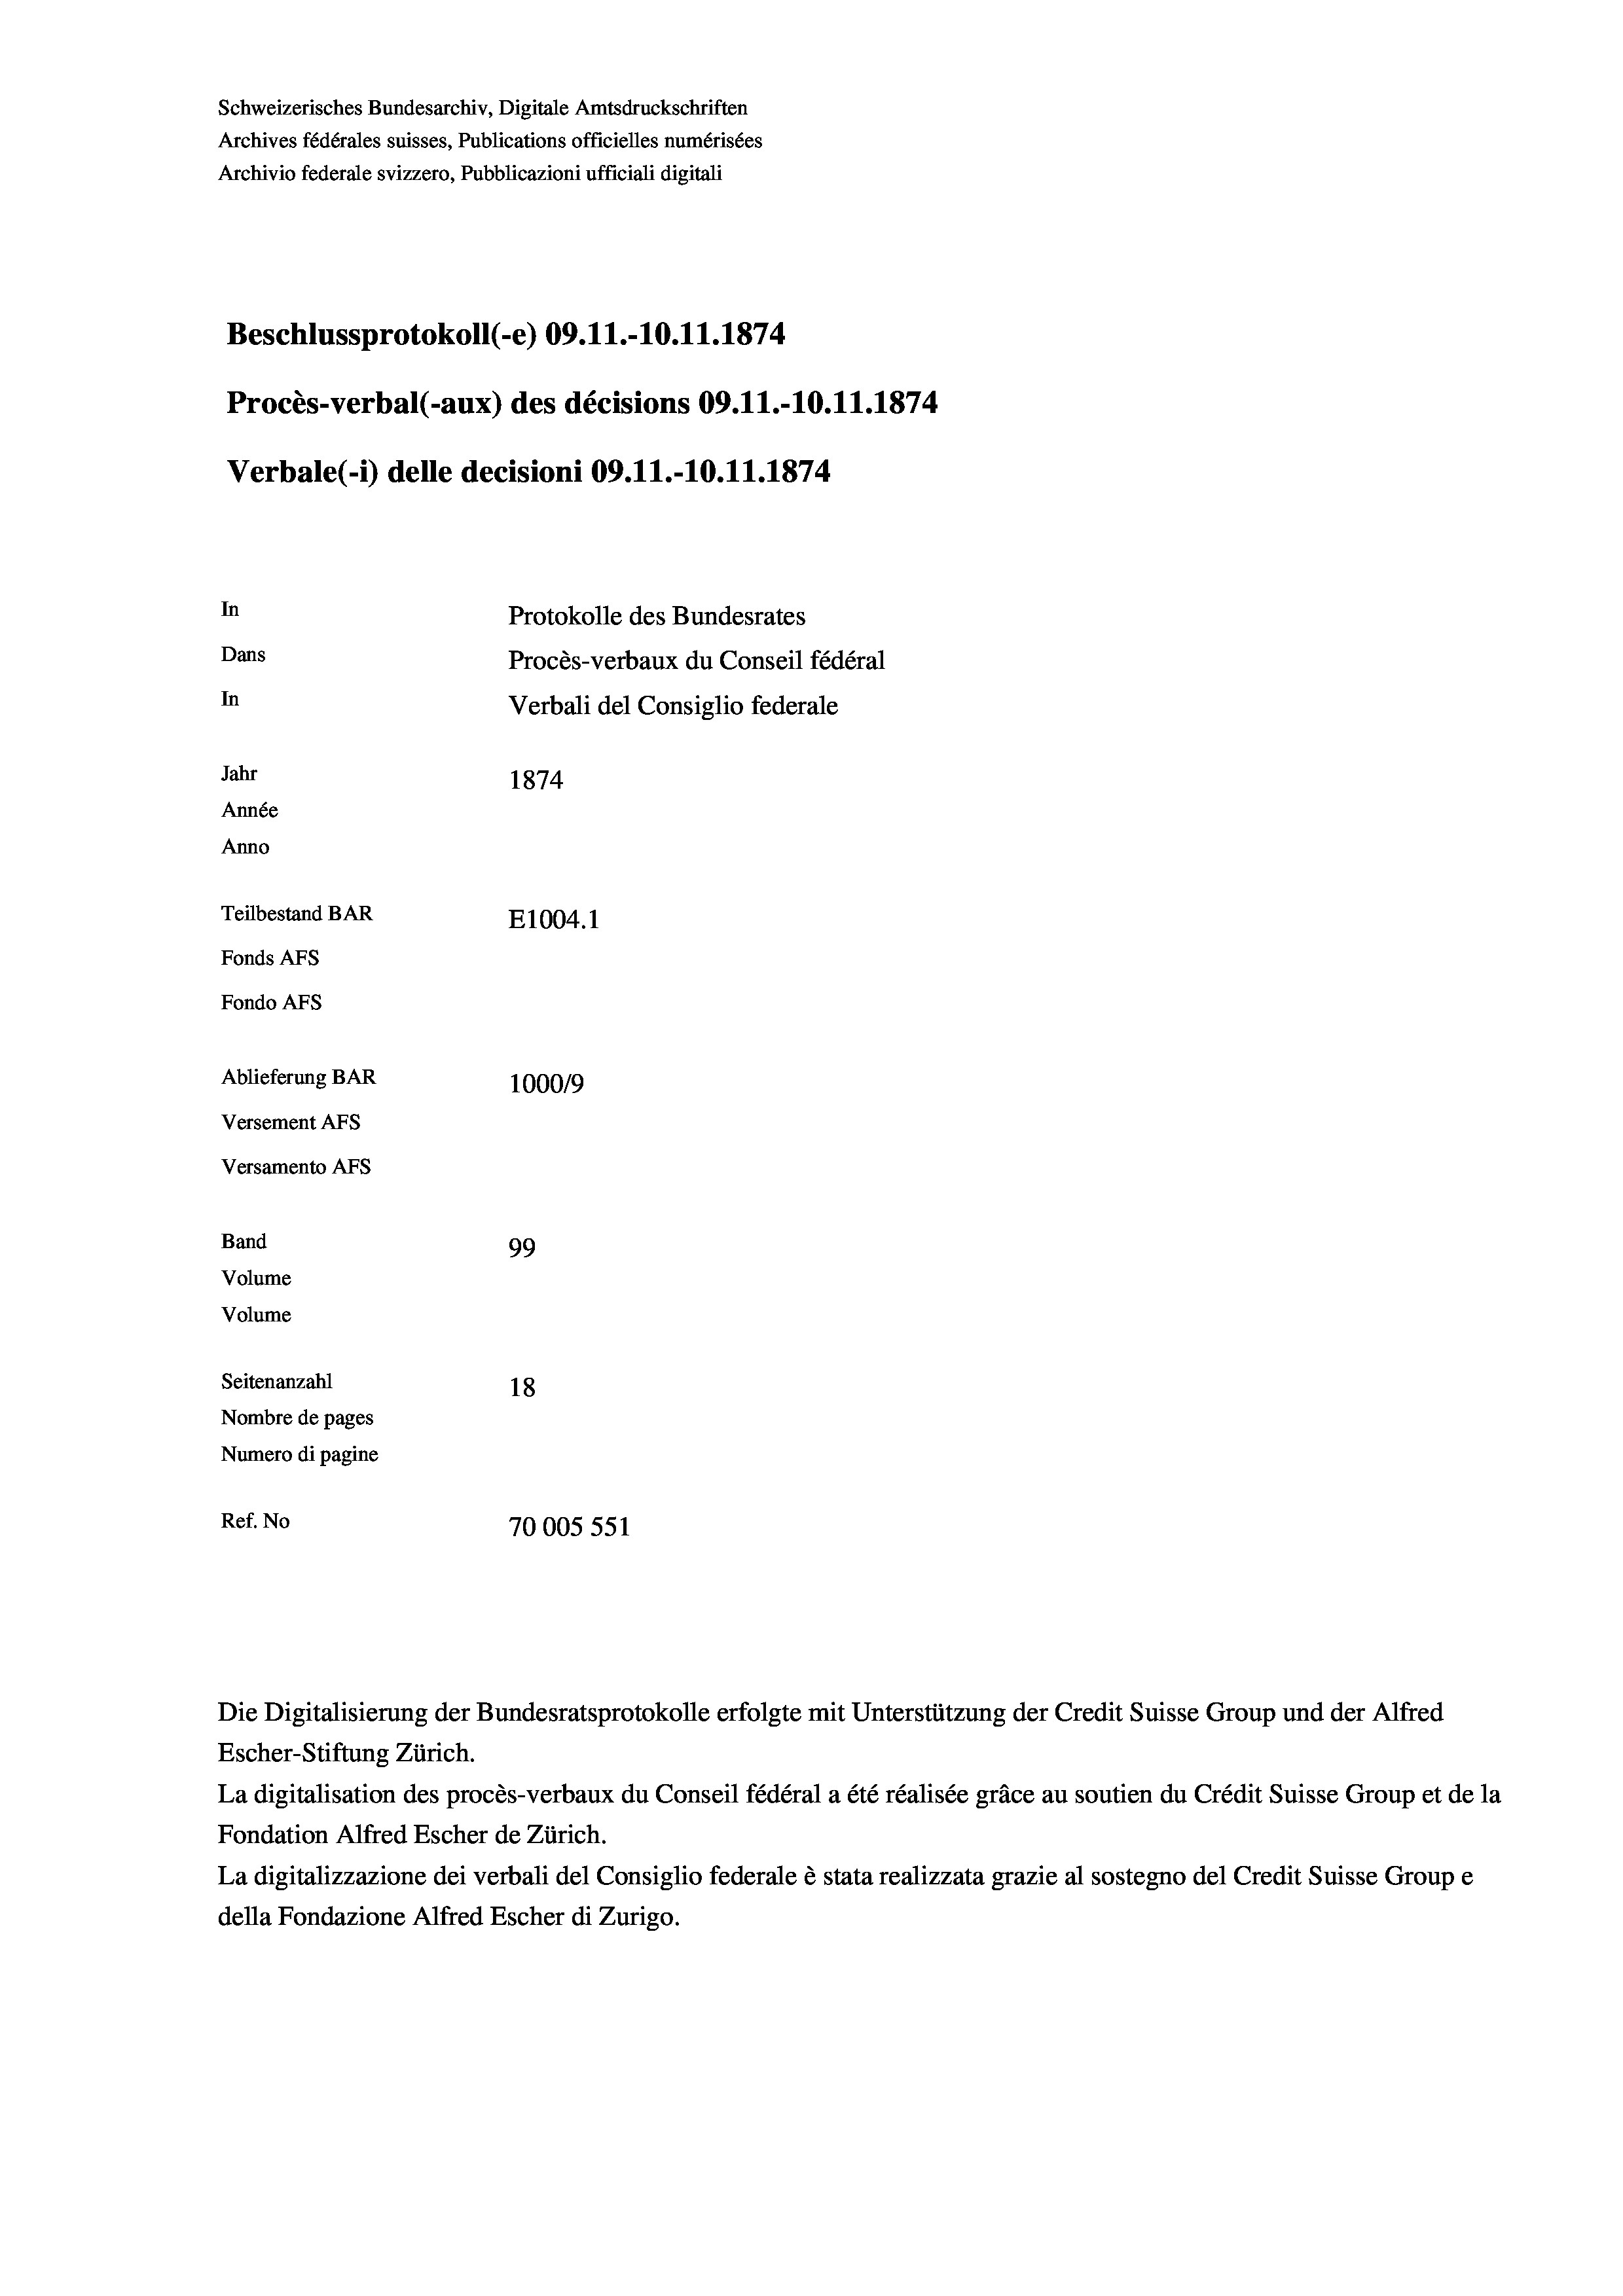
Schweizerisches Bundesarchiv, Digitale Amtsdruckschriften
Archives fédérales suisses, Publications officielles numérisées
Archivio federale svizzero, Pubblicazioni ufficiali digitali
Beschlussprotokoll (-e) 09.11.-10.11.1874
Procès-verbal (-aux) des décisions 09.11.-10.11.1874
Verbale(-*) delle decisioni 09.11.-10.11.1874
In
Protokolle des Bundesrates
Dans
Procès-verbaux du Conseil fédéral
In
Verbali del Consiglio federale
Jahr
1874
Année
Anno
Teilbestand BAR
E1004. 1
Fonds AFs
Fondo Afs
Ablieferung BAR
100019
Versement AFs
Versamento AFs
Band
99
Volume
Volume
Seitenanzahl
18
Nombre de pages
Numero di pagine
Ref. No
70005 551

Escher-Stiftung Zürich.
La digitalisation des procès-verbaux du Conseil fédéral a été réalisée gräce au soutien du Crédit Suisse Group et de la
Fondation Alfred Escher de Zürich.
La digitalizzazione dei verbali del Consiglio federale è stata realizzata grazie al sostegno del Credit Suisse Groupe
della Fondazione Alfred Escher di Zurigo.

Die Digitalisierung der Bundesratsprotokolle erfolgte mit Unterstützung der Credit Suisse Group und der Alfred